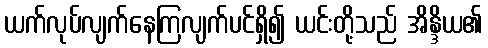
ယက်လုပ်လျက်နေကြလျက်ပင်ရှိ၍ ယင်းတို့သည် အိန္ဒိယ၏